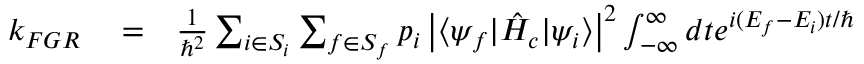
\begin{array} { r l r } { k _ { F G R } } & { { } = } & { \frac { 1 } { \hbar ^ { 2 } } \sum _ { i \in S _ { i } } \sum _ { f \in S _ { f } } p _ { i } \left| \langle \psi _ { f } | \hat { H } _ { c } | \psi _ { i } \rangle \right| ^ { 2 } \int _ { - \infty } ^ { \infty } d t e ^ { i ( E _ { f } - E _ { i } ) t / \hbar } } \end{array}